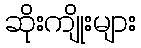
ဆိုးကျိုးများ